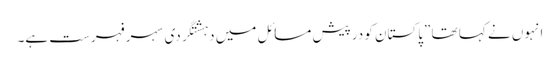
انہوں نے کہا تھا ”پاکستان کو درپیش مسائل میں دہشتگردی سہرِ فہرست ہے۔